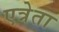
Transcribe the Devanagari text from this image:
एत्रेता